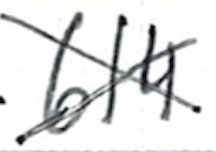
Text: 614
Cross-out: cross
Writing tool: ballpoint